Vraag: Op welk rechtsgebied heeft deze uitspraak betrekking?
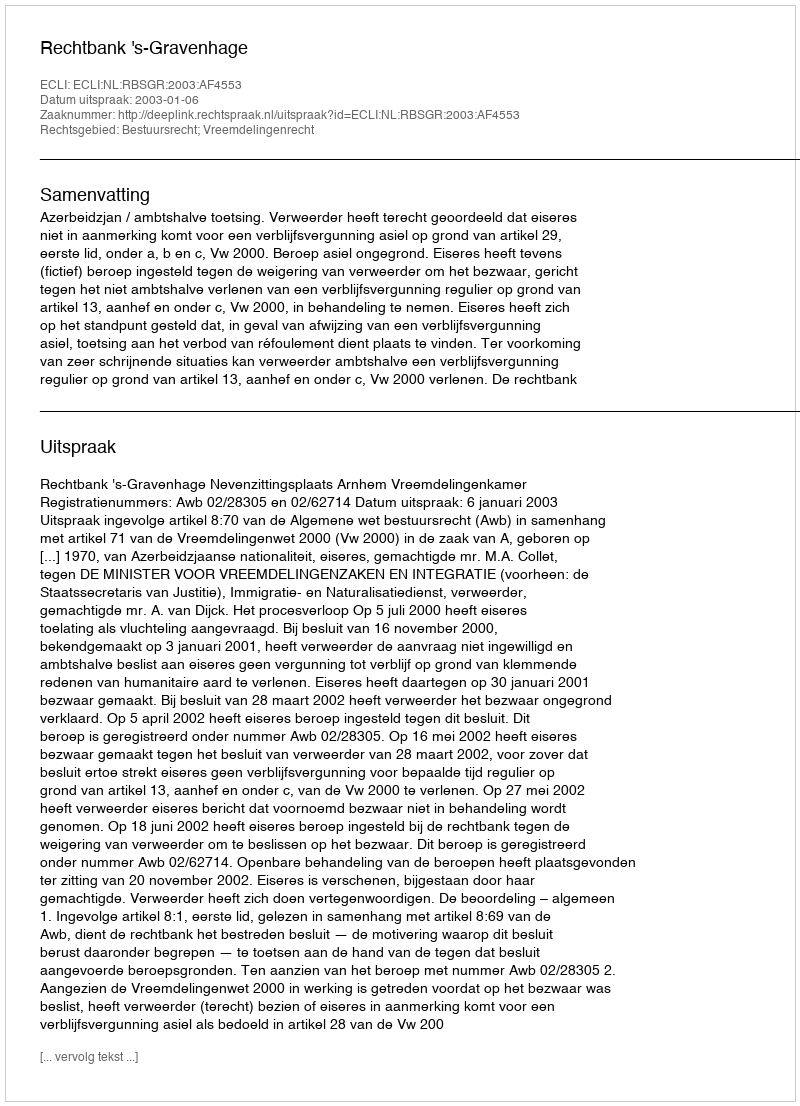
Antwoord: Bestuursrecht; Vreemdelingenrecht